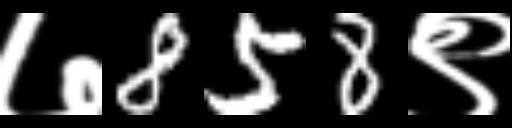
Text: ७858९